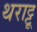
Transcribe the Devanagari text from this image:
थराट्टू